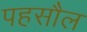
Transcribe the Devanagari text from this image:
पहसौल